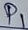
Text: P1